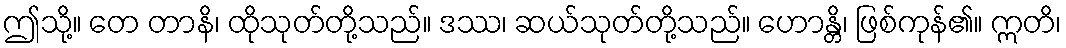
ဤသို့။ တေ တာနိ၊ ထိုသုတ်တို့သည်။ ဒဿ၊ ဆယ်သုတ်တို့သည်။ ဟောန္တိ၊ ဖြစ်ကုန်၏။ ဣတိ၊